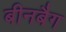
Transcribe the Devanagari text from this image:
बीनबैग